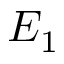
E _ { 1 }